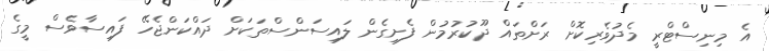
އެ މިނިސްޓްރީ މެދުވެރިކޮށް ރަށްތައް ދޫކުރުމުން ފެށިގެން ލައިސަންސްތަކަށް ދައްކަންޖެހޭ ފައިސާވެސް މީގެ